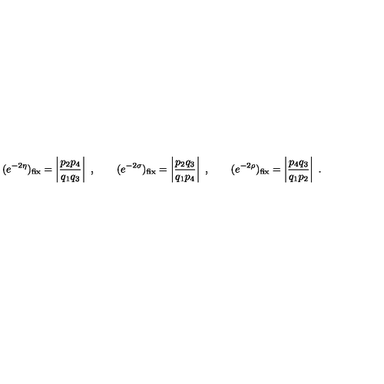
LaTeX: ( e ^ { - 2 \eta } ) _ { \mathrm { f i x } } = \left| \frac { p _ { 2 } p _ { 4 } } { q _ { 1 } q _ { 3 } } \right| \ , \qquad ( e ^ { - 2 \sigma } ) _ { \mathrm { f i x } } = \left| \frac { p _ { 2 } q _ { 3 } } { q _ { 1 } p _ { 4 } } \right| \ , \qquad ( e ^ { - 2 \rho } ) _ { \mathrm { f i x } } = \left| \frac { p _ { 4 } q _ { 3 } } { q _ { 1 } p _ { 2 } } \right| \ .